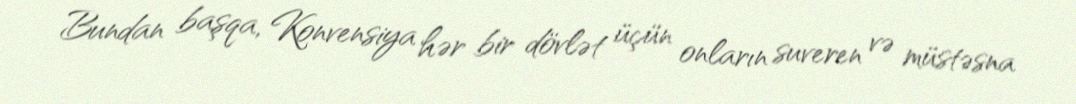
Bundan başqa, Konvensiya hər bir dövlət üçün onların suveren və müstəsna